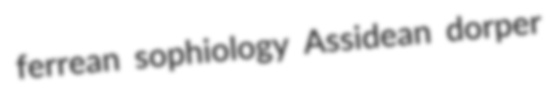
ferrean sophiology Assidean dorper